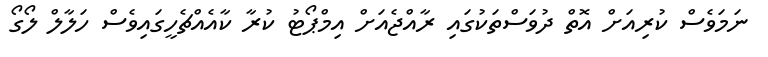
ނަމަވެސް ކުރިއަށް އޮތް ދުވަސްތަކުގައި ރާއްޖެއަށް އިމްޕޯޓު ކުރާ ކާއެއްޗެހީގައިވެސް ހަލާލް ލޯގޯ